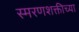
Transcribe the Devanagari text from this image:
स्मरणशक्तीच्या